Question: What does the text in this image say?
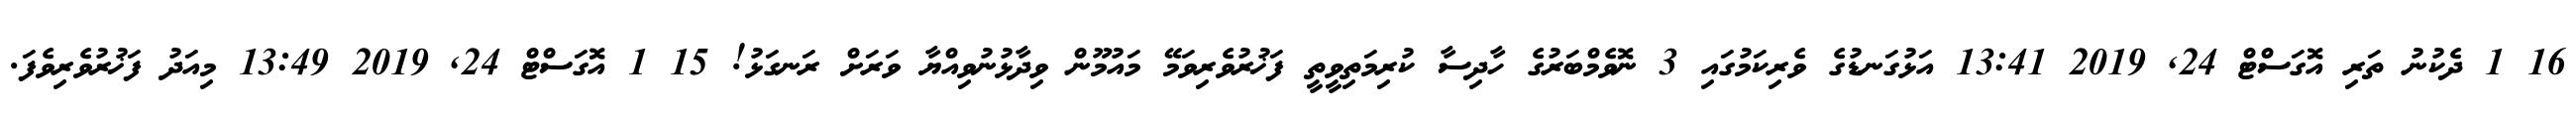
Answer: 16 1 ދެކުނު ތަރި އޮގަސްޓް 24, 2019 13:41 އަޅުގަނޑުގެ ވެރިކަމުގައި 3 ނޮވެމްބަރުގެ ހާދިސާ ކުރިމަތިވީތީ ފަޚުރުވެރިވަމޭ މައުމޫން ވިދާޅުނުވިއްޔާ ވަރަށް ރަނގަޅު! 15 1 އޮގަސްޓް 24, 2019 13:49 މިއަދު ފަޚުރުވެރިވެފަ.